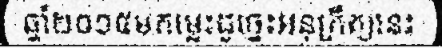
ឆ្នាំ២០១៥មកម្លេះដូច្នេះអនុក្រឹត្យនេះ